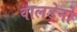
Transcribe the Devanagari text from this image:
वालडेनो